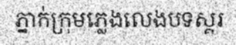
ភ្នាក់ក្រុមភ្លេងលេងបទស្គរ